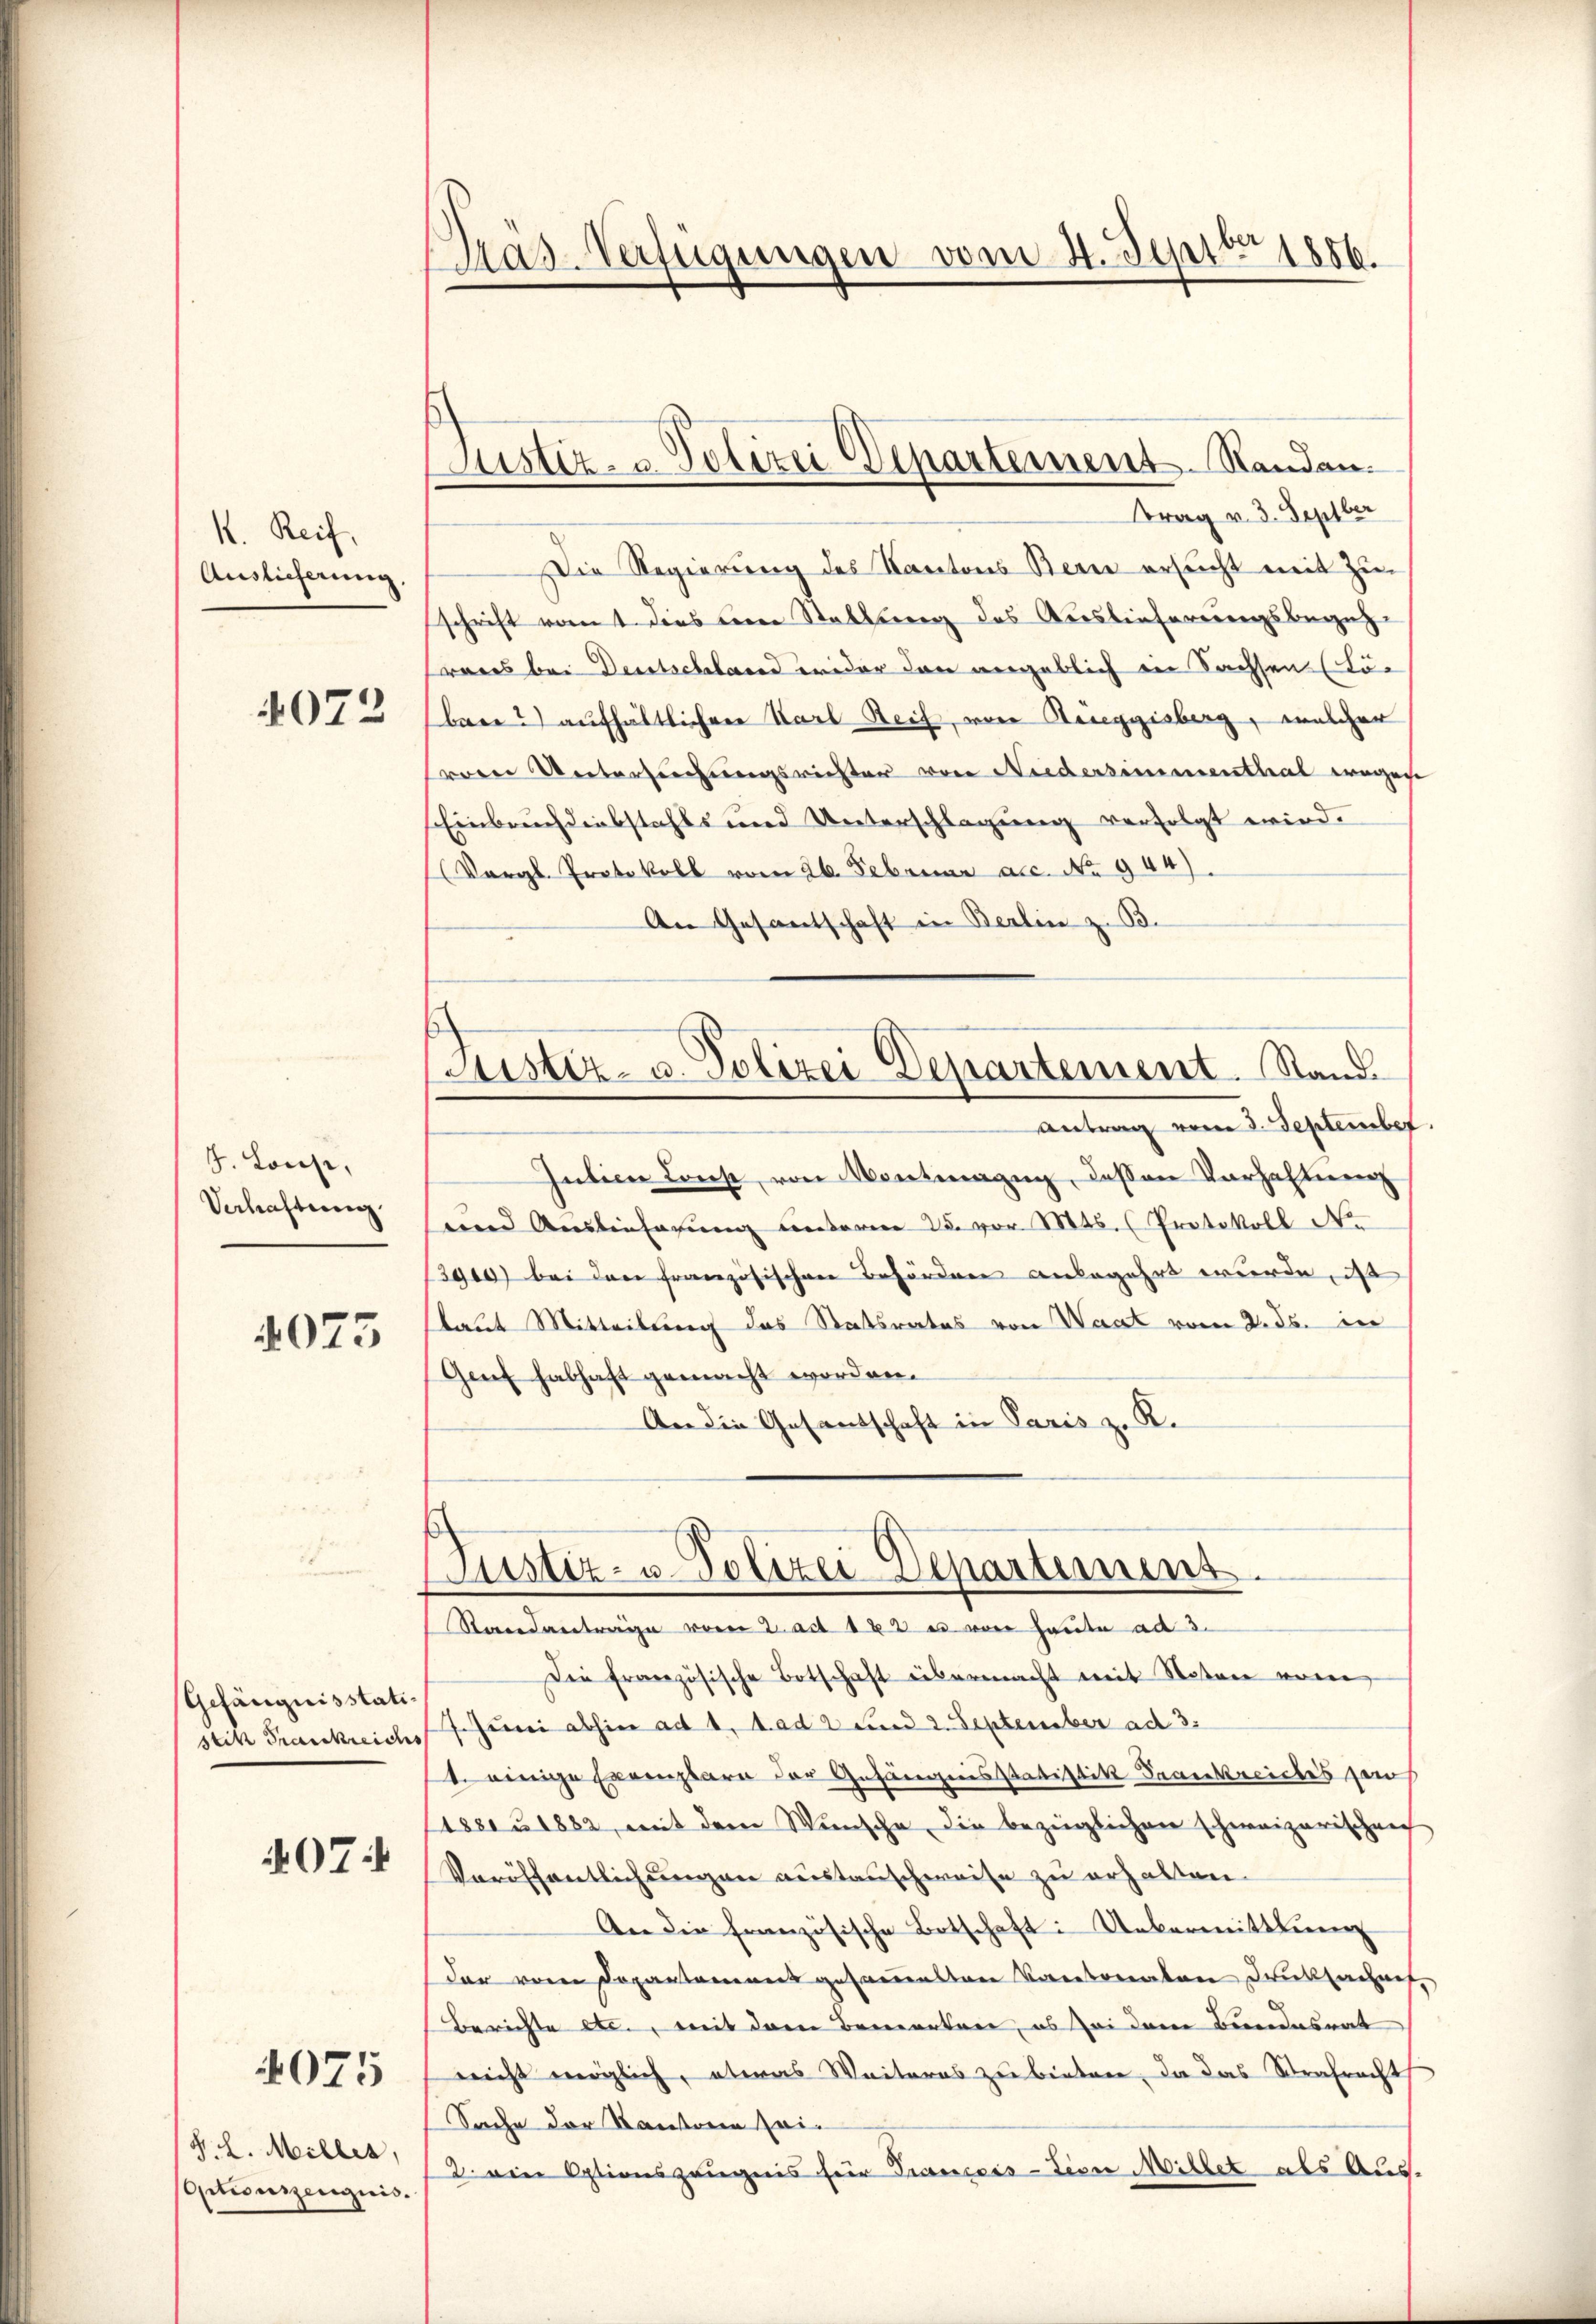
1. Reif,
Auslieferung
4072

5. Louse,
Verhaltung

4073

Gefängnisstati
07:

V. L. Miller,
otionszeugnis.

4075

1886.
Das-Verfügungen vom 4. Septb
.

ustiz- & Polizei Departement. Standen.

Ttrag v. 3. Septber
Die Regierung des Kantons Bern ersucht mit Zu-
schrift vom t dies eine Stellung des Auslieferungsbegehrens bei Deutschland wider dann angeblich in Sachsen (Lö-
bren?) aufhältlichere Karl Reif, von Receggisberg, welcher
reen Untersuchungsrichter von Niedersimmenthal wegese
Einbruchdiebstahls und Unterschlagung verfolgt wird.
(Vergl. Protokoll vom 26. Februar a.c. No. 944).
An Gesantschaft in Berlin z. B.
Justiz- u. Polizei Departement. Stand.
Antrag vom 2. September.
Jubica Const, von Montmagig, dessen Verhaltung
und Auslieferŭng unterm 25. vor. Mts. (Protokoll No
3910) bei der französischen Behörden anbegehrt wurde, ist
laut Mitteilung das Statsrates von Waat vom 2. ds. in
Genf habhaft gemacht worden.
An die Gesantschaft in Paris z. R.

Justiz- u. Polizei-Departement

Standantrage vom 2. ad 122 es von heute ad 3.
Die französische Botschaft übermacht mit Notare von
stik Frankreich 7. Juni abhin ad 1. A. ad 2 und 2. September ad 3.
1. einige Errenzbare der Gefängerisstatistik Segenkreiches zu
188 1882, mit dem Wünsche die bezüglichen schweizerischen
Veröffentlichungen austauschweise zu erhalten.
An die französische Botschaft: Uebermittlung
dar von Departement gesammenen Vertreten Drucksachen,
Berichte etc., mit dem Bemerken, es sei dem Bundesrat
reicht möglich, etwas Weiteres zu bieten, da das Strafrecht
Sache der Kantone sei¬
2. ein Optionszeugnis für Francois-Livre Millet als Aus-